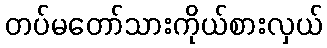
တပ်မတော်သားကိုယ်စားလှယ်